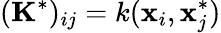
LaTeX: (\mathbf{K}^{*})_{ij}=k(\mathbf{x}_{i},\mathbf{x}_{j}^{*})